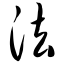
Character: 法